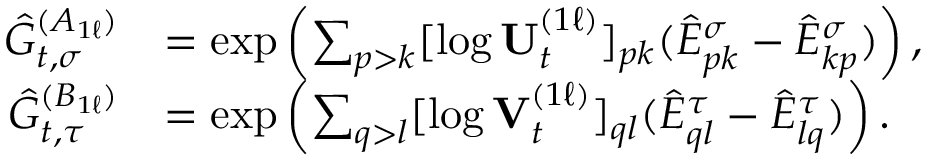
\begin{array} { r l } { \hat { G } _ { t , \sigma } ^ { ( A _ { 1 \ell } ) } } & { = \exp \left( \sum _ { p > k } [ \log \mathbf { U } _ { t } ^ { ( 1 \ell ) } ] _ { p k } ( \hat { E } _ { p k } ^ { \sigma } - \hat { E } _ { k p } ^ { \sigma } ) \right) , } \\ { \hat { G } _ { t , \tau } ^ { ( B _ { 1 \ell } ) } } & { = \exp \left( \sum _ { q > l } [ \log \mathbf { V } _ { t } ^ { ( 1 \ell ) } ] _ { q l } ( \hat { E } _ { q l } ^ { \tau } - \hat { E } _ { l q } ^ { \tau } ) \right) . } \end{array}